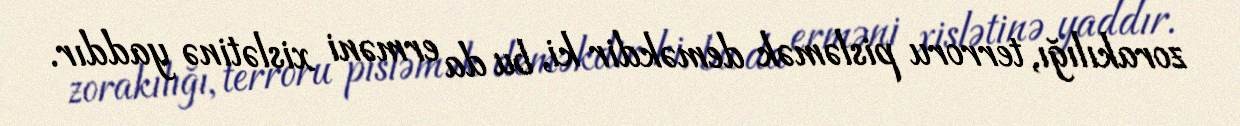
zorakılığı, terroru pisləmək deməkdir ki, bu da erməni xislətinə yaddır.